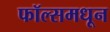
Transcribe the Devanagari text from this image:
फॉल्समधून